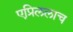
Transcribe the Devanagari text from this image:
एप्रिललाच